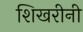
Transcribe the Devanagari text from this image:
शिखरीनी